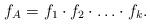
LaTeX: \begin{align*}f_{A}=f_{1}\cdot f_{2}\cdot\ldots\cdot f_{k}.\end{align*}